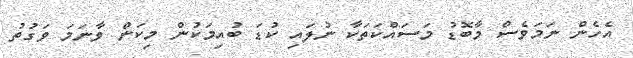
އެހެން ނަމަވެސް މާބޮޑު މަސައްކަތަކާ ނުލައި ކުޑަ ބުއިމަކުން މިކަން ވާނަމަ ވަގުތު